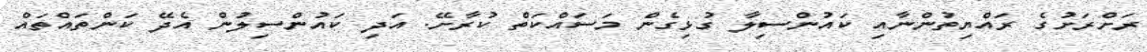
ރަށްރަށުގެ ރައްޔިތުންނާއި ކައުންސިލާ ގުޅިގެން މަސައްކަތް ކުރާށޭ. އަދި ކައުންސިލުން އެދޭ ކަންތައްތައް